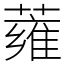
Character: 蕹